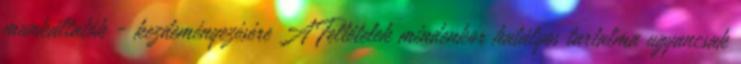
munkáltatók - kezdeményezésére A Feltételek mindenkor hatályos tartalma ugyancsak